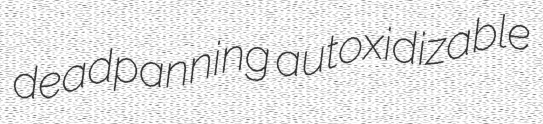
deadpanning autoxidizable